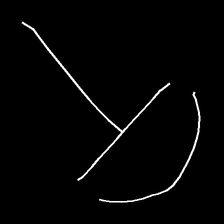
Glyph: dispersion